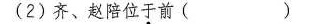
(2)齐、赵陪位于前( )